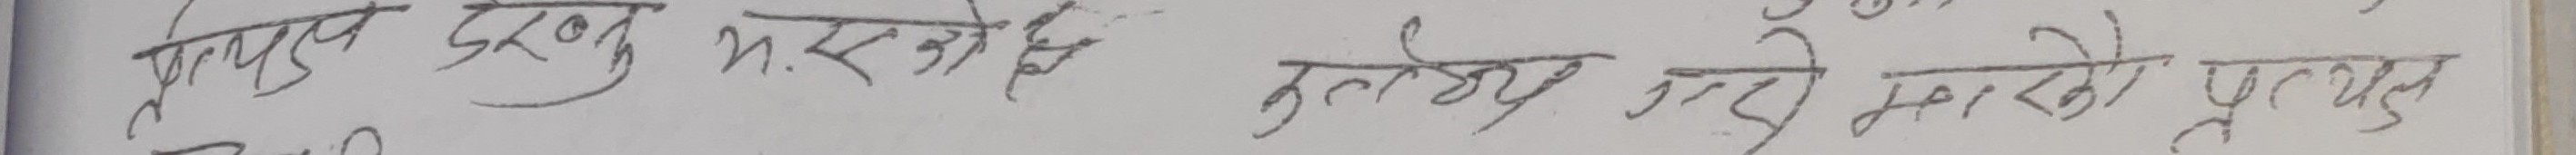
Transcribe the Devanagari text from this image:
आपत् देखु य. स्वको छ
कुलक्ष्य उल्टो भयको प्रत्यक्ष